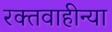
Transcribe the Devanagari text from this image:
रक्तवाहीन्या